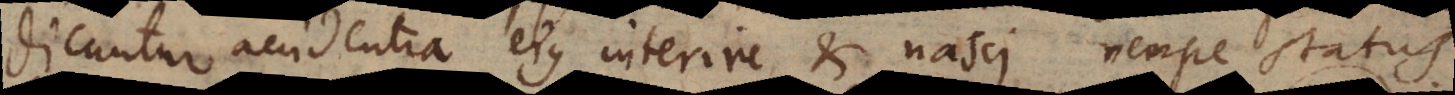
dicuntur accidentia ejus interire et nasci nempe status